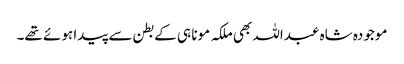
موجودہ شاہ عبداللہ بھی ملکہ مونا ہی کے بطن سے پیدا ہوئے تھے۔